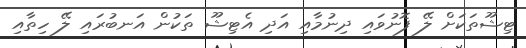
ޓިޝޫތަކަށް ލޭ ފޮނުވައި ދިނުމާއި އަދި އެޓިޝޫ ތަކުން އަނބުރައި ލޭ ހިތާއި